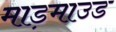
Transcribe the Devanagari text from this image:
माड़माउड